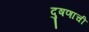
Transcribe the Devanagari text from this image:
दुषणाची